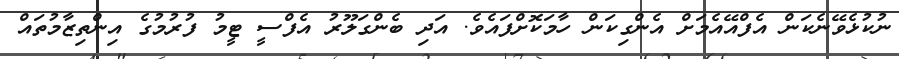
ނުކުޅެވޭނެކަން އެފްއޭއެމަށް އެންގިކަން ހާމަކޮށްފައެވެ. އަދި ބެންގަލޫރު އެފްސީ ޓީމު ފުރުމުގެ އިންތިޒާމުތައް